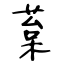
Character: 葈